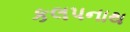
કલપનાથ